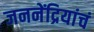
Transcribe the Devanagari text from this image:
जननेंद्रियांचं